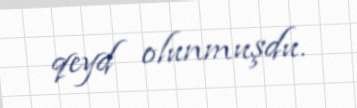
qeyd olunmuşdu.